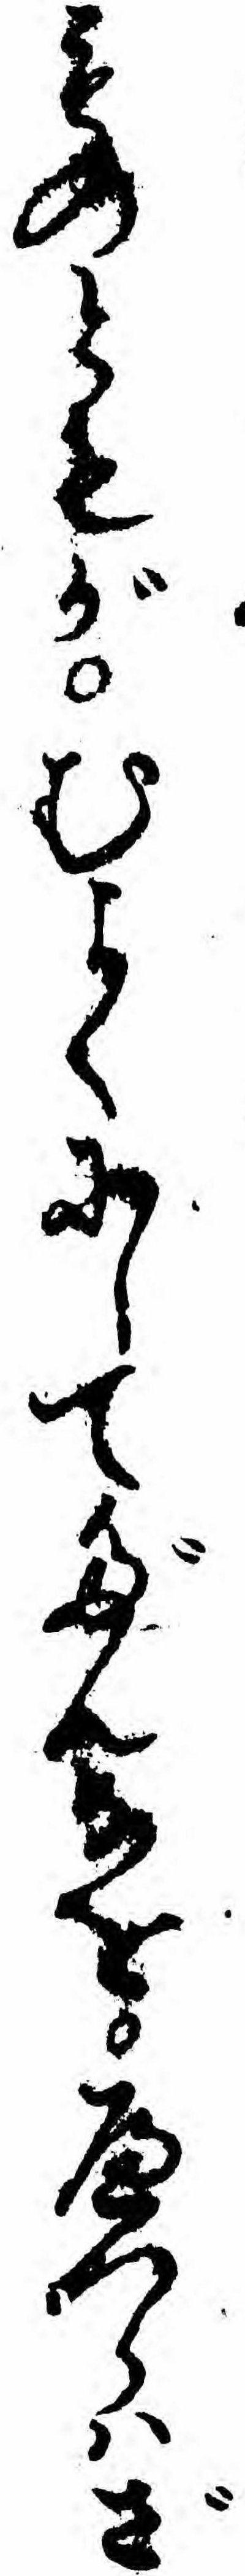
ものともがむよくにしてだんなをへつらハざ